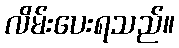
လိမ်းပေးရသည်။